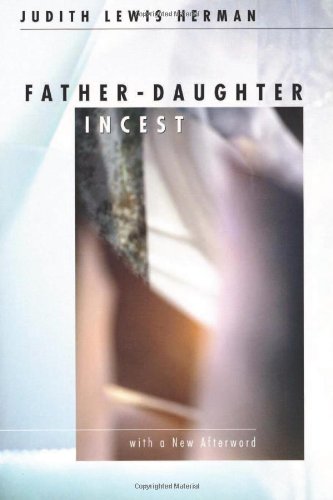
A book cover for Father-Daughter Incest (with a new Afterword); Judith Lewis Herman; Politics & Social Sciences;